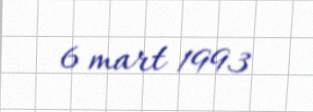
6 mart 1993